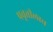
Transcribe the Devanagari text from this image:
प्रवृत्तीलाच